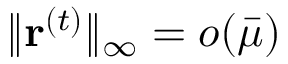
\| \mathbf { r } ^ { ( t ) } \| _ { \infty } = o ( \bar { \mu } )